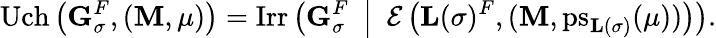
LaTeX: \mathrm{Uch}\left({\mathbf{G}}_{\sigma}^{F},({\mathbf{M}},\mu)\right)=\mathrm{Irr}\left({\mathbf{G}}_{\sigma}^{F}\enspace\middle|\enspace{\mathcal{E}}\left({\mathbf{L}}(\sigma)^{F},({\mathbf{M}},\mathrm{ps}_{{\mathbf{L}}(\sigma)}(\mu))\right)\right).